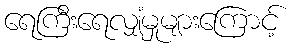
ရေကြီးရေလျှံမှုများကြောင့်